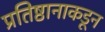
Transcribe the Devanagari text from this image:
प्रतिष्ठानाकडून